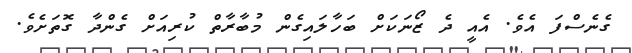
ގެނެސްފަ އެވެ. އެއީ ދެ ޒޯނަކަށް ބަހާލައިގެން މުބާރާތް ކުރިއަށް ގެންދާ ގޮތަށެވެ.